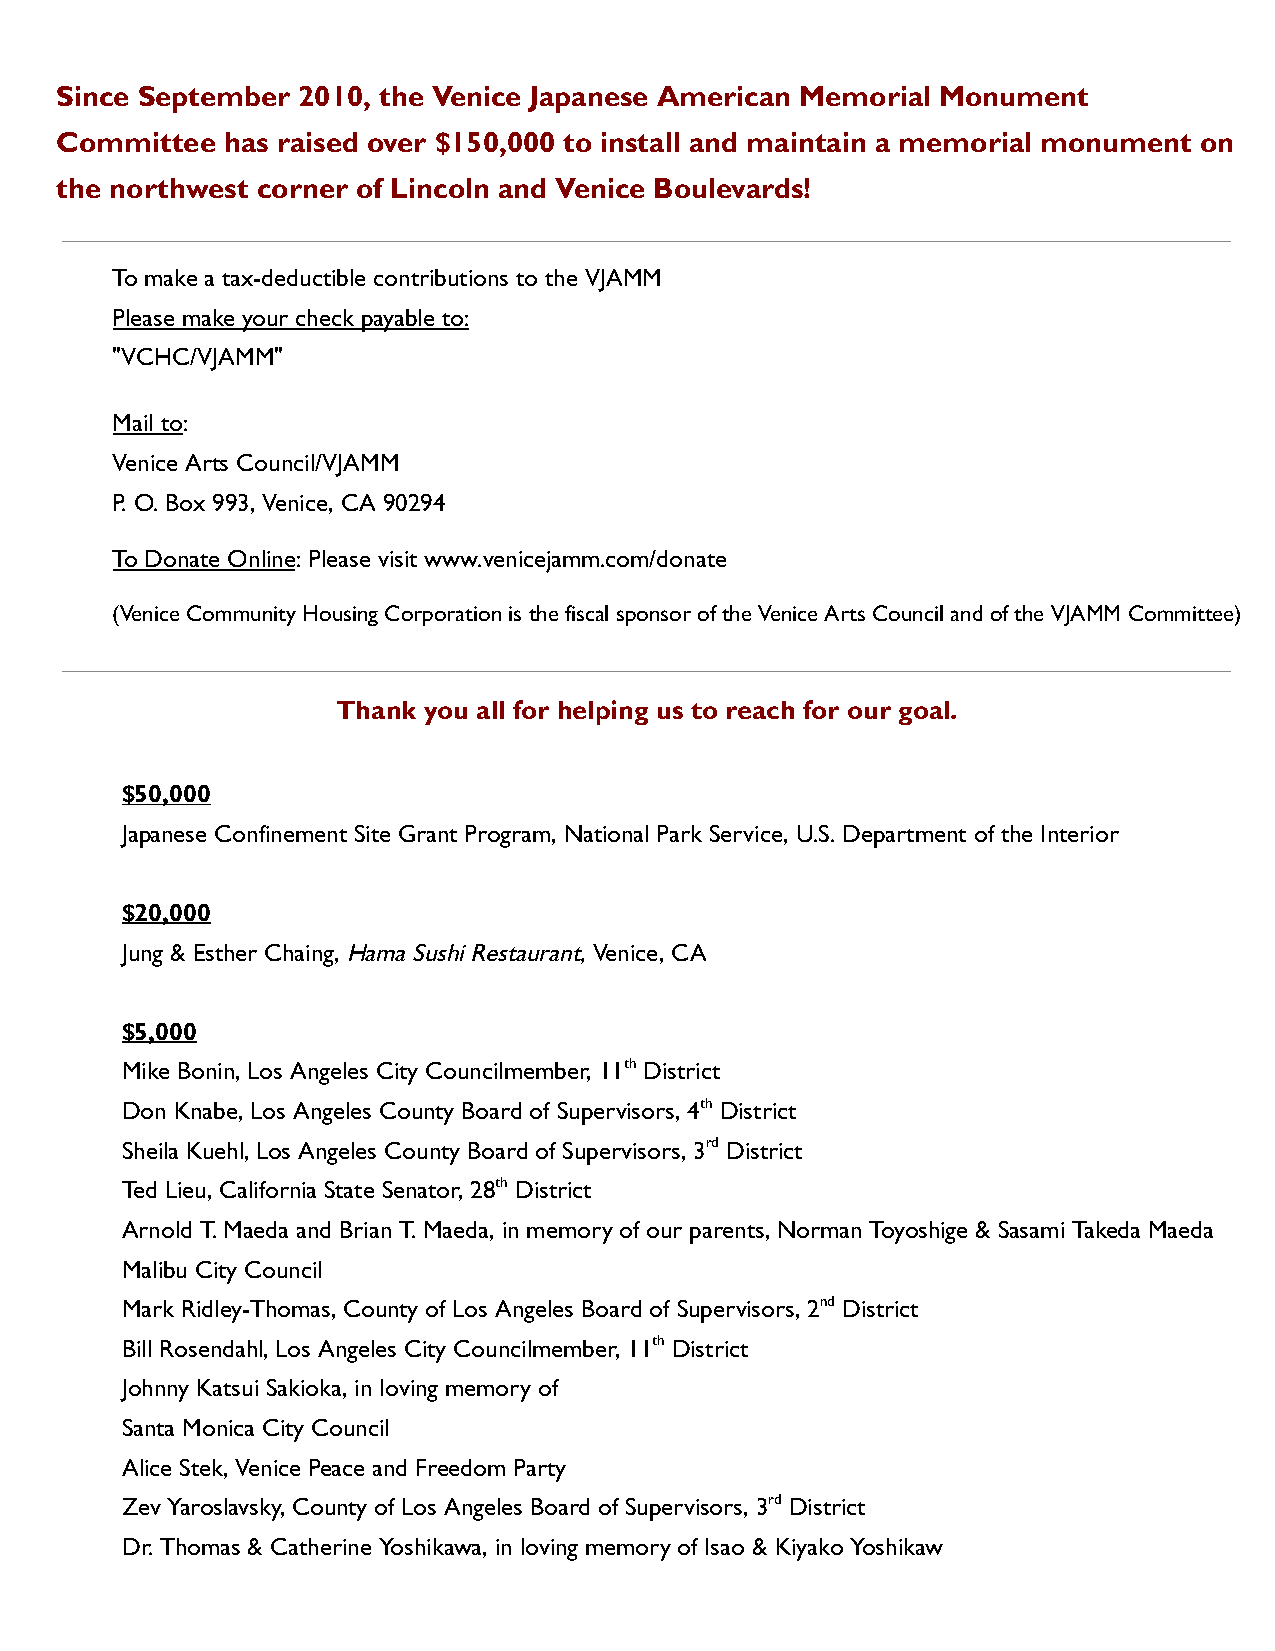
Since September 2010, the Venice Japanese American Memorial Monument
 Committee  has raised over $150,000 to install and maintain a memorial monument on
 the northwest corner of Lincoln and Venice Boulevards!
 To make a tax-deductible contributions to the VJAMM
 Please make your check payable to:
 "VCHC/VJAMM"
 Mail to :
 Venice Arts Council/VJAMM
 P. O. Box 993, Venice, CA 90294
 To Donate Online : Please visit www.venicejamm.com/donate
 (Venice Community Housing Corporation is the fiscal sponsor of the Venice Arts Council and of the VJAMM Committee)
 Thank you all for helping us to reach for our goal.
 $50,000
 Japanese Confinement Site Grant Program, National Park Service, U.S. Department of the Interior
 $20,000
 Jung & Esther Chaing, Hama Sushi Restaurant, Venice, CA
 $5,000
 Mike Bonin, Los Angeles City Councilmember, 11 th District
 Don Knabe, Los Angeles County Board of Supervisors, 4 th District
 Sheila Kuehl, Los Angeles County Board of Supervisors, 3 rd District
 Ted Lieu, California State Senator, 28 th District
 Arnold T. Maeda and Brian T. Maeda, in memory of our parents, Norman Toyoshige & Sasami Takeda Maeda
 Malibu City Council
 Mark Ridley-Thomas, County of Los Angeles Board of Supervisors, 2 nd District
 Bill Rosendahl, Los Angeles City Councilmember, 11 th District
 Johnny Katsui Sakioka, in loving memory of
 Santa Monica City Council
 Alice Stek, Venice Peace and Freedom Party
 Zev Yaroslavsky, County of Los Angeles Board of Supervisors, 3 rd District
 Dr. Thomas & Catherine Yoshikawa, in loving memory of Isao & Kiyako Yoshikaw